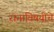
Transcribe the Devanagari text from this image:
रानाविषयीचे